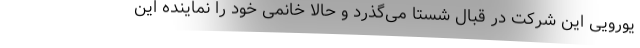
یورویی این شرکت در قبال شستا می‌گذرد و حالا خانمی خود را نماینده این